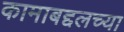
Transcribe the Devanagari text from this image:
कामाबद्दलच्या